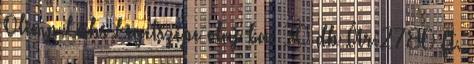
Olimp Labs Ligetszépe olaj ka. 30 db Ár:2780 Ft.